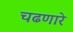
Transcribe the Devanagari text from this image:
चढणारे